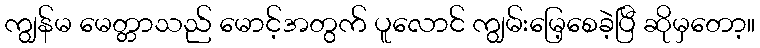
ကျွန်မ မေတ္တာသည် မောင့်အတွက် ပူလောင် ကျွမ်းမြေ့စေခဲ့ပြီ ဆိုမှတော့။